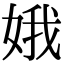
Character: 娥